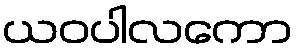
ယဝပါလကော